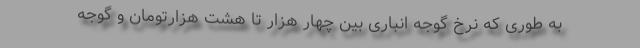
به طوری که نرخ گوجه انباری بین چهار هزار تا هشت هزارتومان و گوجه